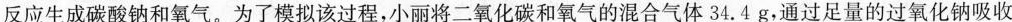
反应生成碳酸钠和氧气。为了模拟该过程，小丽将二氧化碳和氧气的混合气体34.4g，通过足量的过氧化钠吸收